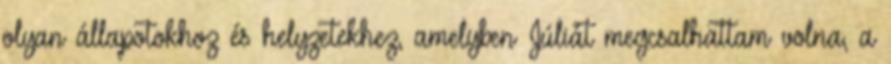
olyan állapotokhoz és helyzetekhez, amelyben Júliát megcsalhattam volna, a